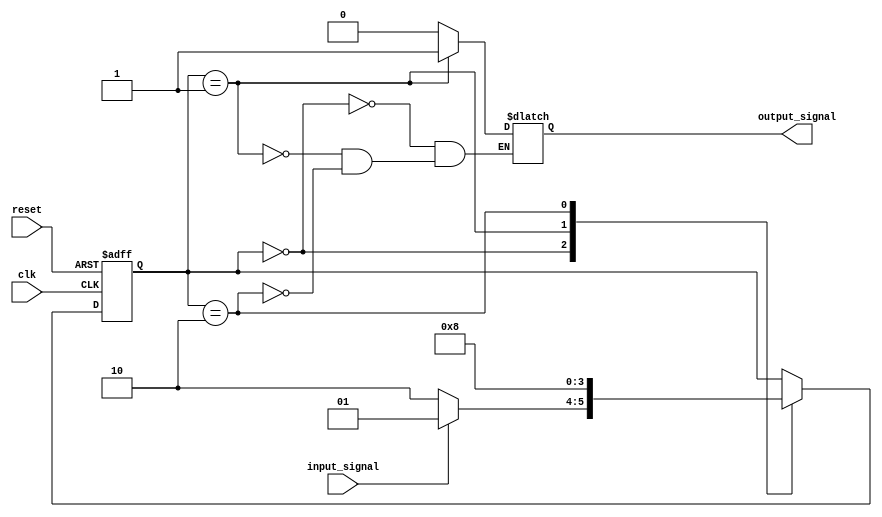
module hierarchical_fsm (
    input wire clk,
    input wire reset,
    input wire input_signal,
    output reg output_signal
);

// Define state variables
reg [1:0] state;

// Define states
parameter STATE_00 = 2'b00;
parameter STATE_01 = 2'b01;
parameter STATE_10 = 2'b10;

// Define state machine logic
always @ (posedge clk or posedge reset) begin
    if (reset) begin
        state <= STATE_00;
    end else begin
        case (state)
            STATE_00: begin
                if (input_signal) begin
                    state <= STATE_01;
                end else begin
                    state <= STATE_10;
                end
            end
            STATE_01: begin
                state <= STATE_10;
            end
            STATE_10: begin
                state <= STATE_00;
            end
        endcase
    end
end

// Define output logic
always @* begin
    case (state)
        STATE_00: begin
            output_signal = 0;
        end
        STATE_01: begin
            output_signal = 1;
        end
        STATE_10: begin
            output_signal = 0;
        end
    endcase
end

endmodule